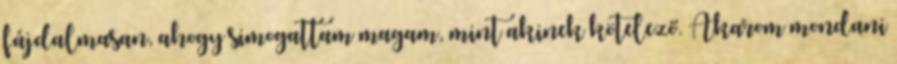
fájdalmasan, ahogy simogattam magam, mint akinek kötelező. Akarom mondani